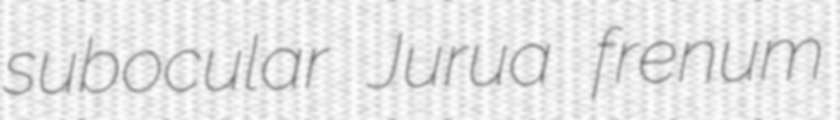
subocular Jurua frenum